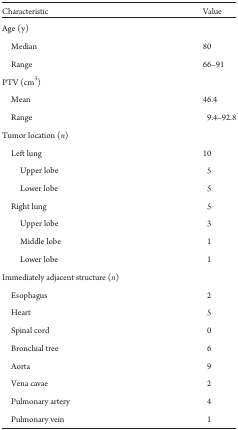
| Characteristic | Value |
 | --- | --- |
 | Age (y) |  |
 | Median | 80 |
 | Range | 66–91 |
 | PTV (cm3) |  |
 | Mean | 46.4 |
 | Range | 9.4–92.8 |
 | Tumor location (n) |  |
 | Left lung | 10 |
 | Upper lobe | 5 |
 | Lower lobe | 5 |
 | Right lung | 5 |
 | Upper lobe | 3 |
 | Middle lobe | 1 |
 | Lower lobe | 1 |
 | Immediately adjacent structure (n) |  |
 | Esophagus | 2 |
 | Heart | 5 |
 | Spinal cord | 0 |
 | Bronchial tree | 6 |
 | Aorta | 9 |
 | Vena cavae | 2 |
 | Pulmonary artery | 4 |
 | Pulmonary vein | 1 |